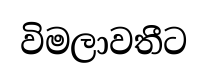
විමලාවතීට